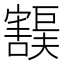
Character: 𫴙